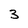
Character: 3